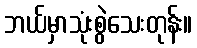
ဘယ်မှာသုံးစွဲသေးတုန်း။